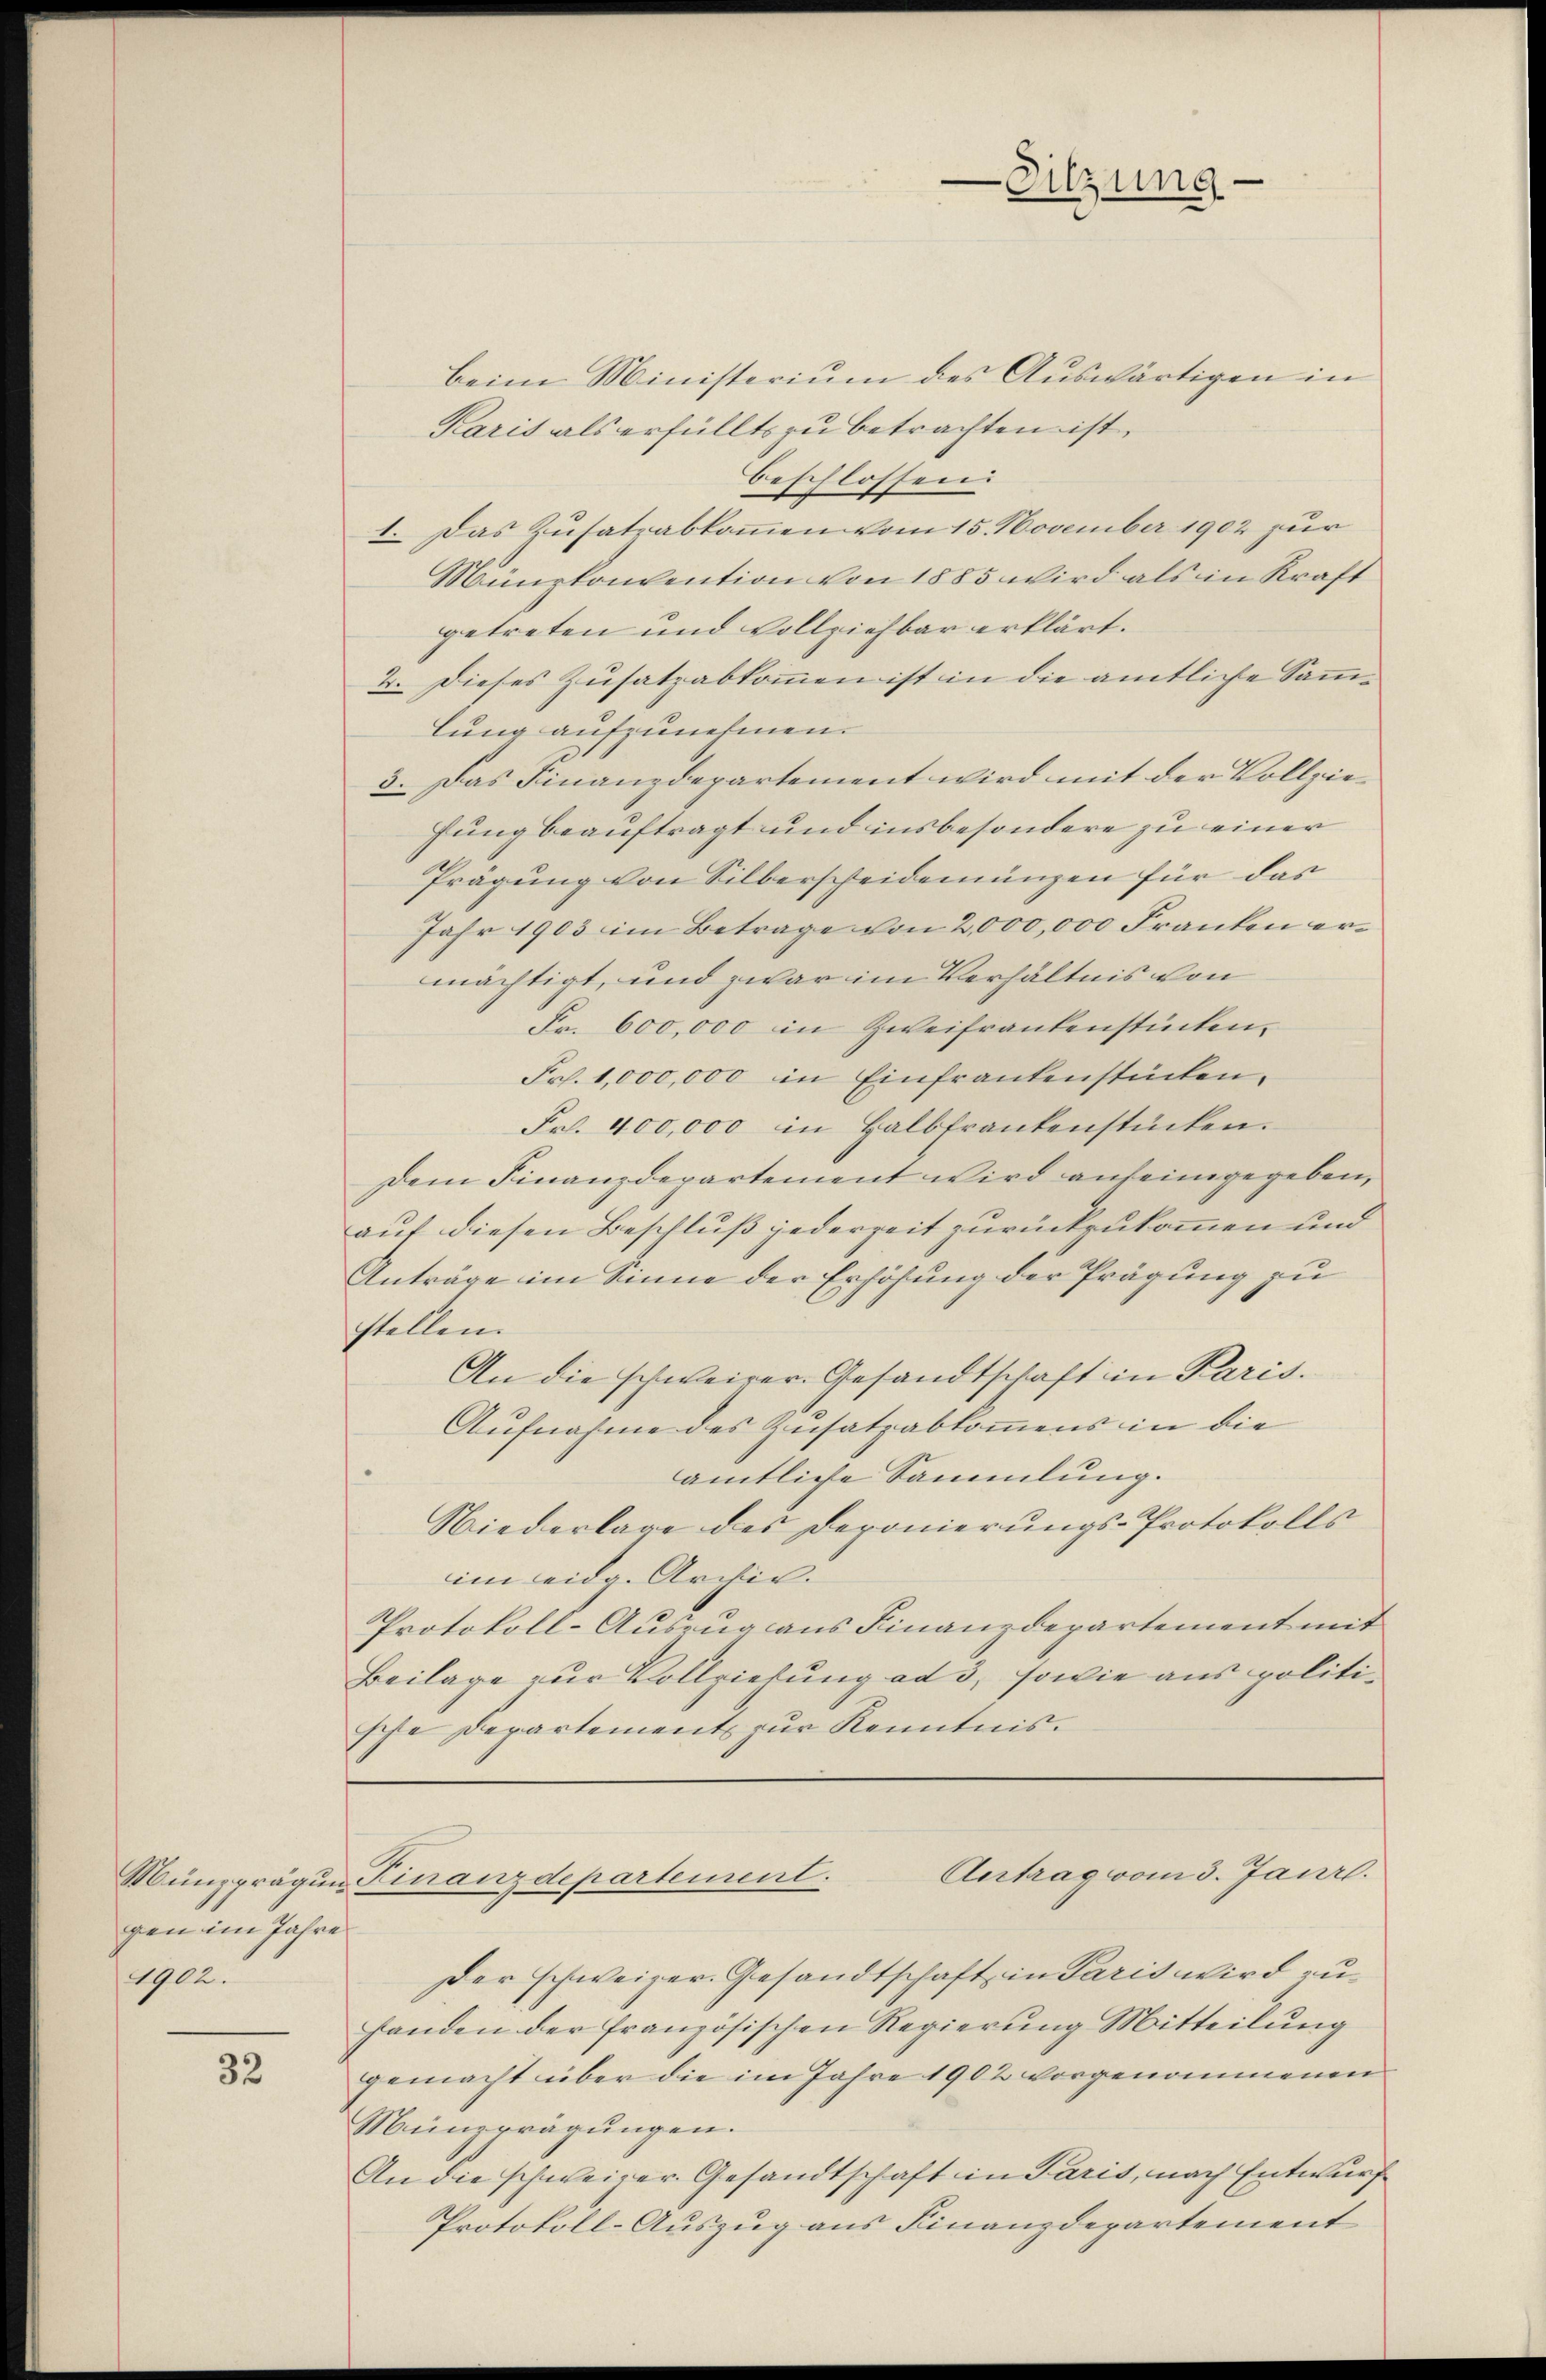
gen im Jahre
1902.

32

beim Ministerium des Auswärtigen in
Karis als erfüllt zu betrachten ist.
beschlossen:
1. Das Zusatzabkommen vom 15. November 1902 zur
Münzkonvention von 1885 wird als in Kraft
getreten und Vollziehbar erklärt.
2. Dieses Zusatzabkommen ist in die amtliche Sammlung aufzunehmen.
3. Das Finanzdepartement wird mit der Vollziefung beauftragt und insbesondere zu einer
Prägung von Silberscheidenungen für das
Jahr 1903 im Betrage von 2,000,000 Franken ermächtigt, und zwar im Verhältnis von
Fr. 600,000 in Zweifrankenstücken.
Frh. 1,000,000 in Einfrantenstücken,
Fr. 400,000 in Halbfrankenstücken.
Dem Finanzdepartement wird aufeingegeben,
auf diesen Beschluß jederzeit zurückzukommen und
Anträge im Sinne der Erhöhung der Prägung zu
stellen.
An die schweirer. Gesandtschaft in Paris.
Aufnahme des Zusatzabkommens in die
amtliche Sammlung.
Niederlage des Deponierungs-Protokolls
im weit Archiv.
Protokoll-Auszug aus Finanzdepartement mit
Beilage zur Vollziehung ad 3, sowie aus politische Departements zur Kenntnis.

-Sitzung

Antrag vom 3. Janr.
Münzprägen Finanzdepartement.

Der schweizer-Gesandtschaft in Paris wird zufanden der französischen Regierŭng Mitteilŭng
gemacht über die im Jahre 1902 vorgenommenen
Münzprägungen.
An die schweizer. Gesandtschaft in Paris, nach Entwurf
Protokoll-Auszug aus Finanzdepartement